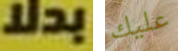
بدلا عليك